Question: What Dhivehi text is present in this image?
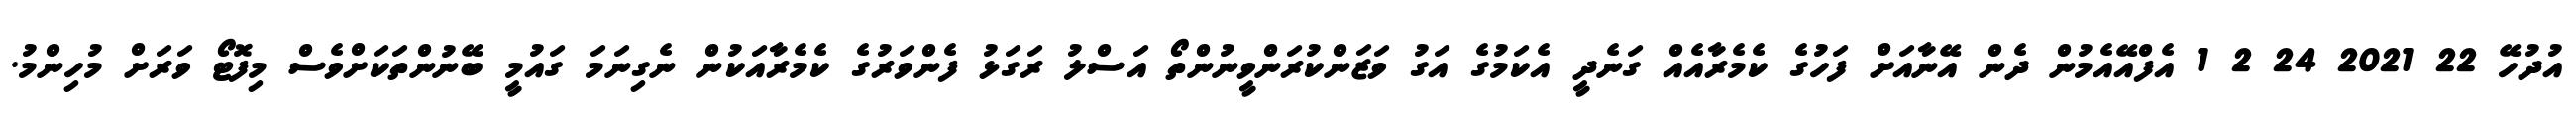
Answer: އުދުހޭ 22 2021 24 2 1 އެފްއޭއެމުން ދެން އޭނާއަށް ފަހުގެ ކެމެރާއެއް ގަނެދީ އެކަމުގެ އަގު ވަޒަންކުރަންވީނުންތޯ އަސްލު ރަގަޅު ފެންވަރުގެ ކެމެރާއަކުން ނެގިނަމަ ގައުމީ ބޭނުންތަކަށްވެސް މިފޮޓޯ ވަރަށް މުހިންމު.